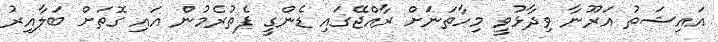
އައިޝަތު އަރޫނާ ވިދާޅުވީ މިހާތަނަށް ރާއްޖޭގައި ޑެންގީ ފެތުރެމުން އައި ގޮތަށް ބަލާއިރު